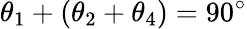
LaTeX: \theta_{1}+(\theta_{2}+\theta_{4})=90^{\circ}